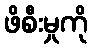
ဖိစီးမှုကို